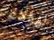
لهؤلاء